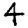
Digit: 4